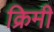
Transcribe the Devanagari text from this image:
क्रिमी